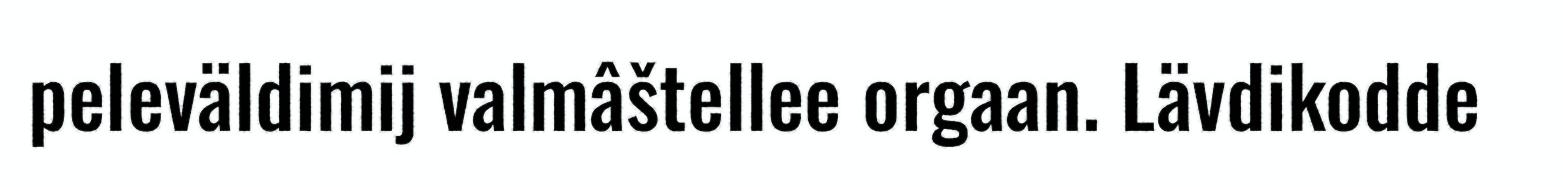
peleväldimij valmâštellee orgaan. Lävdikodde